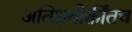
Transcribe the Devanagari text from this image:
अतिशयोक्तींतच